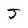
Character: J